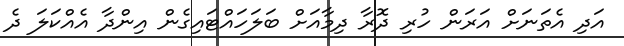
އަދި އެތަނަށް އަރަން ހުރި ދޮރާ ދިމާއަށް ބަލަހައްޓައިގެން އިންދާ އެއްކަލަ ދެ